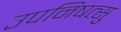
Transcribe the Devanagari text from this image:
उपनिषत्सु